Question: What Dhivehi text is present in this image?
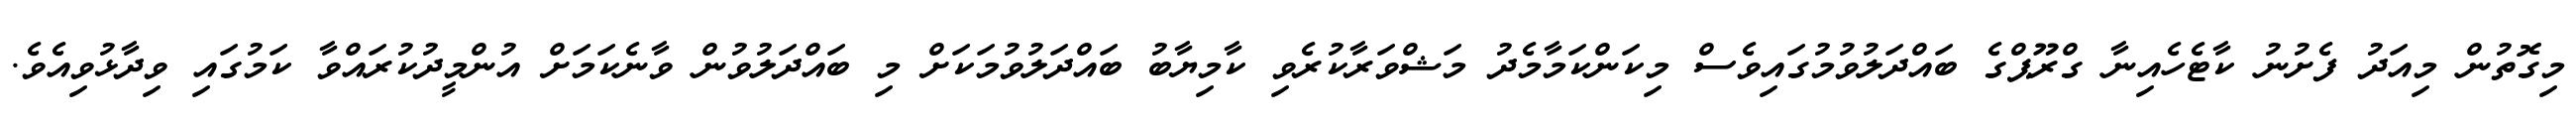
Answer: މިގޮތުން މިއަދު ފެށުނު ކާޓެހެއިނާ ގްރޫޕްގެ ބައްދަލުވުމުގައިވެސް މިކަންކަމާމެދު މަޝްވަރާކުރެވި ކާމިޔާބު ބައްދަލުވުމަކަށް މި ބައްދަލުވުން ވާނެކަމަށް އުންމީދުކުރައްވާ ކަމުގައި ވިދާޅުވިއެވެ.